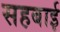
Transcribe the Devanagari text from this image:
सहबाई